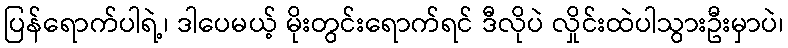
ပြန်ရောက်ပါရဲ့၊ ဒါပေမယ့် မိုးတွင်းရောက်ရင် ဒီလိုပဲ လှိုင်းထဲပါသွားဦးမှာပဲ၊